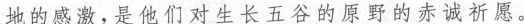
地的感激，是他们对生长五谷的原野的赤诚祈愿。